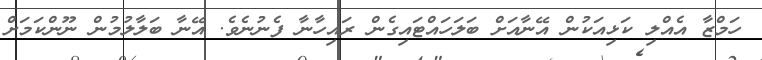
ހަމްޒާ އެއްލި ކަޅިއަކުން އޭނާއަށް ބަލަހައްޓައިގެން ރައިހާނާ ފެނުނެވެ. އޭނާ ބަލާލުމުން ނޫންކަމަށް